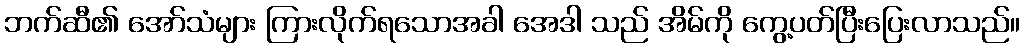
ဘက်ဆီ၏ အော်သံများ ကြားလိုက်ရသောအခါ အေဒါ သည် အိမ်ကို ကွေ့ပတ်ပြီးပြေးလာသည်။